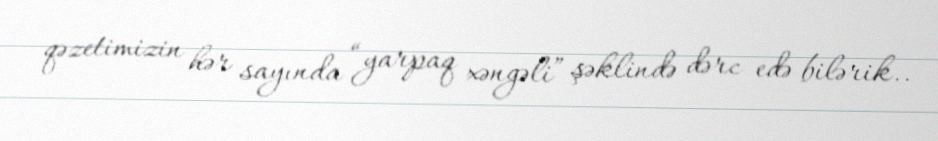
qəzetimizin hər sayında “yarpaq xəngəli” şəklində dərc edə bilərik..